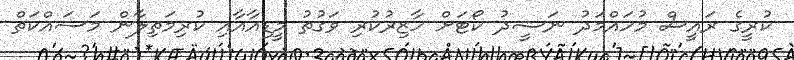
ކުރީގެ ރައީސް މުހައްމަދު ނަޝީދު ކޯޓަށް ހާޒިރުކުރި ވަގުތު މީޑިއާއާއި ކުރިމަތިލާން މަަސައްކަތް